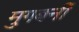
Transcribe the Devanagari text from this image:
मुगबर्नी